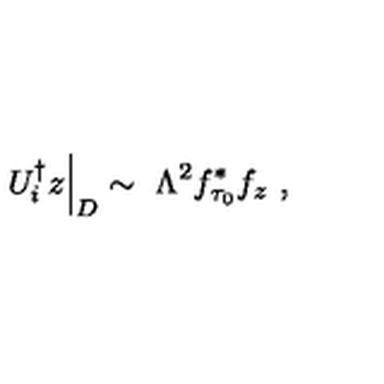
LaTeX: U _ { i } ^ { \dagger } z \Big | _ { D } \sim \ \Lambda ^ { 2 } f _ { \tau _ { 0 } } ^ { * } f _ { z } \ ,